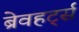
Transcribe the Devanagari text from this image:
ब्रेवहर्ट्स